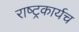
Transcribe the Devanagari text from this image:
राष्ट्रकार्यच